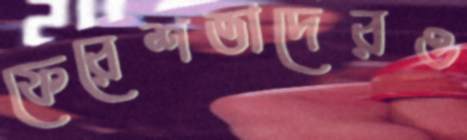
ফেরেশতাদেরও